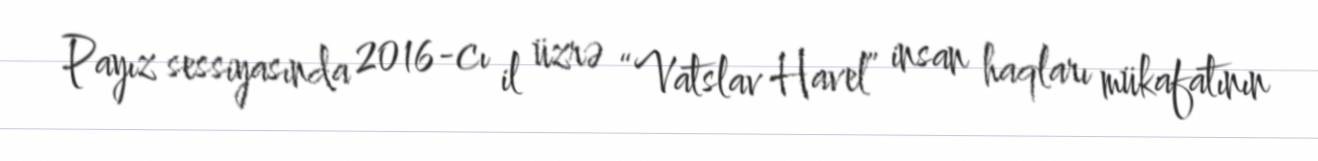
Payız sessiyasında 2016-cı il üzrə “Vatslav Havel” insan haqları mükafatının